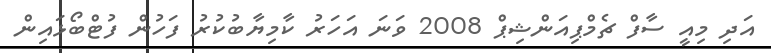
އަދި މިއީ ސާފް ޗެމްޕިއަންޝިޕް 2008 ވަނަ އަަހަރު ކާމިޔާބުކުރު ފަހުން ފުޓްބޯޅައިން